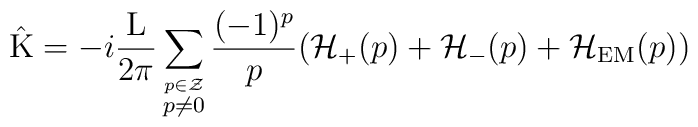
\hat{\rm K} = -i \frac{\rm L}{2\pi} \sum_{\stackrel{p \in \cal Z}{p \neq 0}} \frac{(-1)^p}{p} ({\cal H}_{+}(p) + {\cal H}_{-}(p) +{\cal H}_{\rm EM}(p))